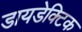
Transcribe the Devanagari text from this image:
डायडेक्टिक